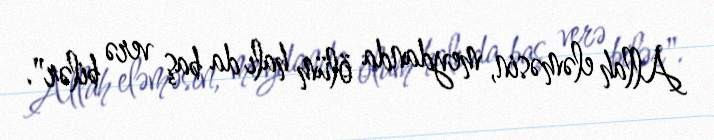
Allah eləməsin, meydanda ölüm halı da baş verə bilər".